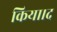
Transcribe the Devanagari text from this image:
किया।द